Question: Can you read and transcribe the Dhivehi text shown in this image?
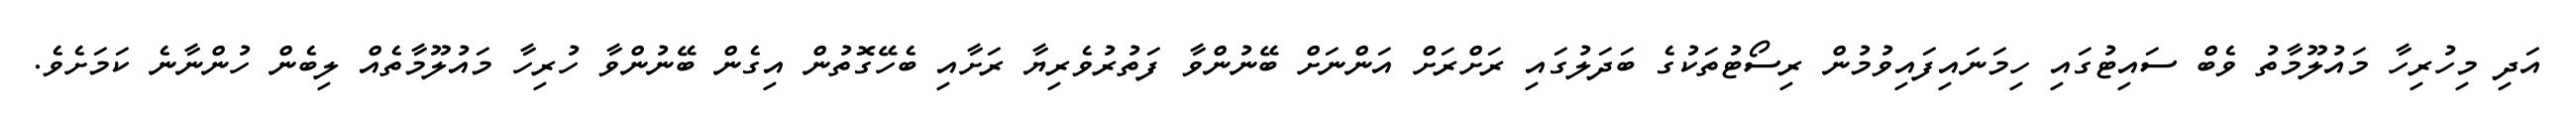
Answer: އަދި މިހުރިހާ މައުލޫމާތު ވެބް ސައިޓުގައި ހިމަނައިފައިވުމުން ރިސޯޓުތަކުގެ ބަދަލުގައި ރަށްރަށް އަންނަށް ބޭނުންވާ ފަތުރުވެރިޔާ ރަށާއި ބެހޭގޮތުން އިގެން ބޭނުންވާ ހުރިހާ މައުލޫމާތެއް ލިބެން ހުންނާނެ ކަމަށެވެ.